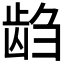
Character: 𱌭